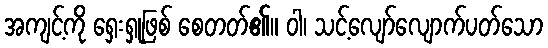
အကျင့်ကို ရှေးရှုဖြစ် စေတတ်၏။ ဝါ၊ သင့်လျော်လျောက်ပတ်သော